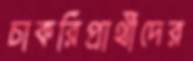
চাকরিপ্রার্থীদের